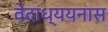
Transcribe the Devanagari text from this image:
वेदाध्ययनास